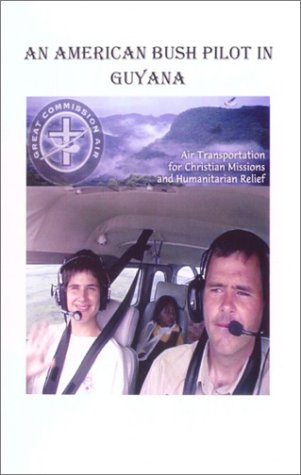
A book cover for An American Bush Pilot in Guyana; Robert Rice; Medical Books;